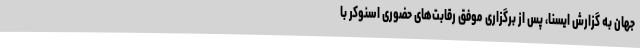
جهان به گزارش ایسنا، پس از برگزاری موفق رقابت‌های حضوری اسنوکر با